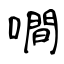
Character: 㗴